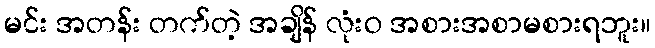
မင်း အတန်း တက်တဲ့ အချိန် လုံးဝ အစားအစာမစားရဘူး။